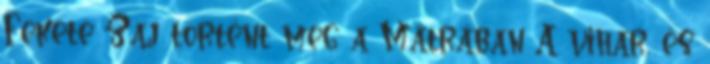
Fekete Zaj történt meg a Mátrában A vihar, és